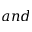
a n d